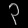
Digit: ၃